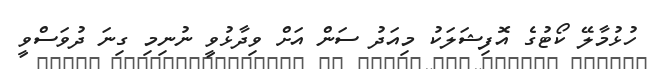
ހުޅުމާލޭ ކޯޓުގެ އޮފިޝަލަކު މިއަދު ސަން އަށް ވިދާޅުވީ ނުނިމި ގިނަ ދުވަސްވީ